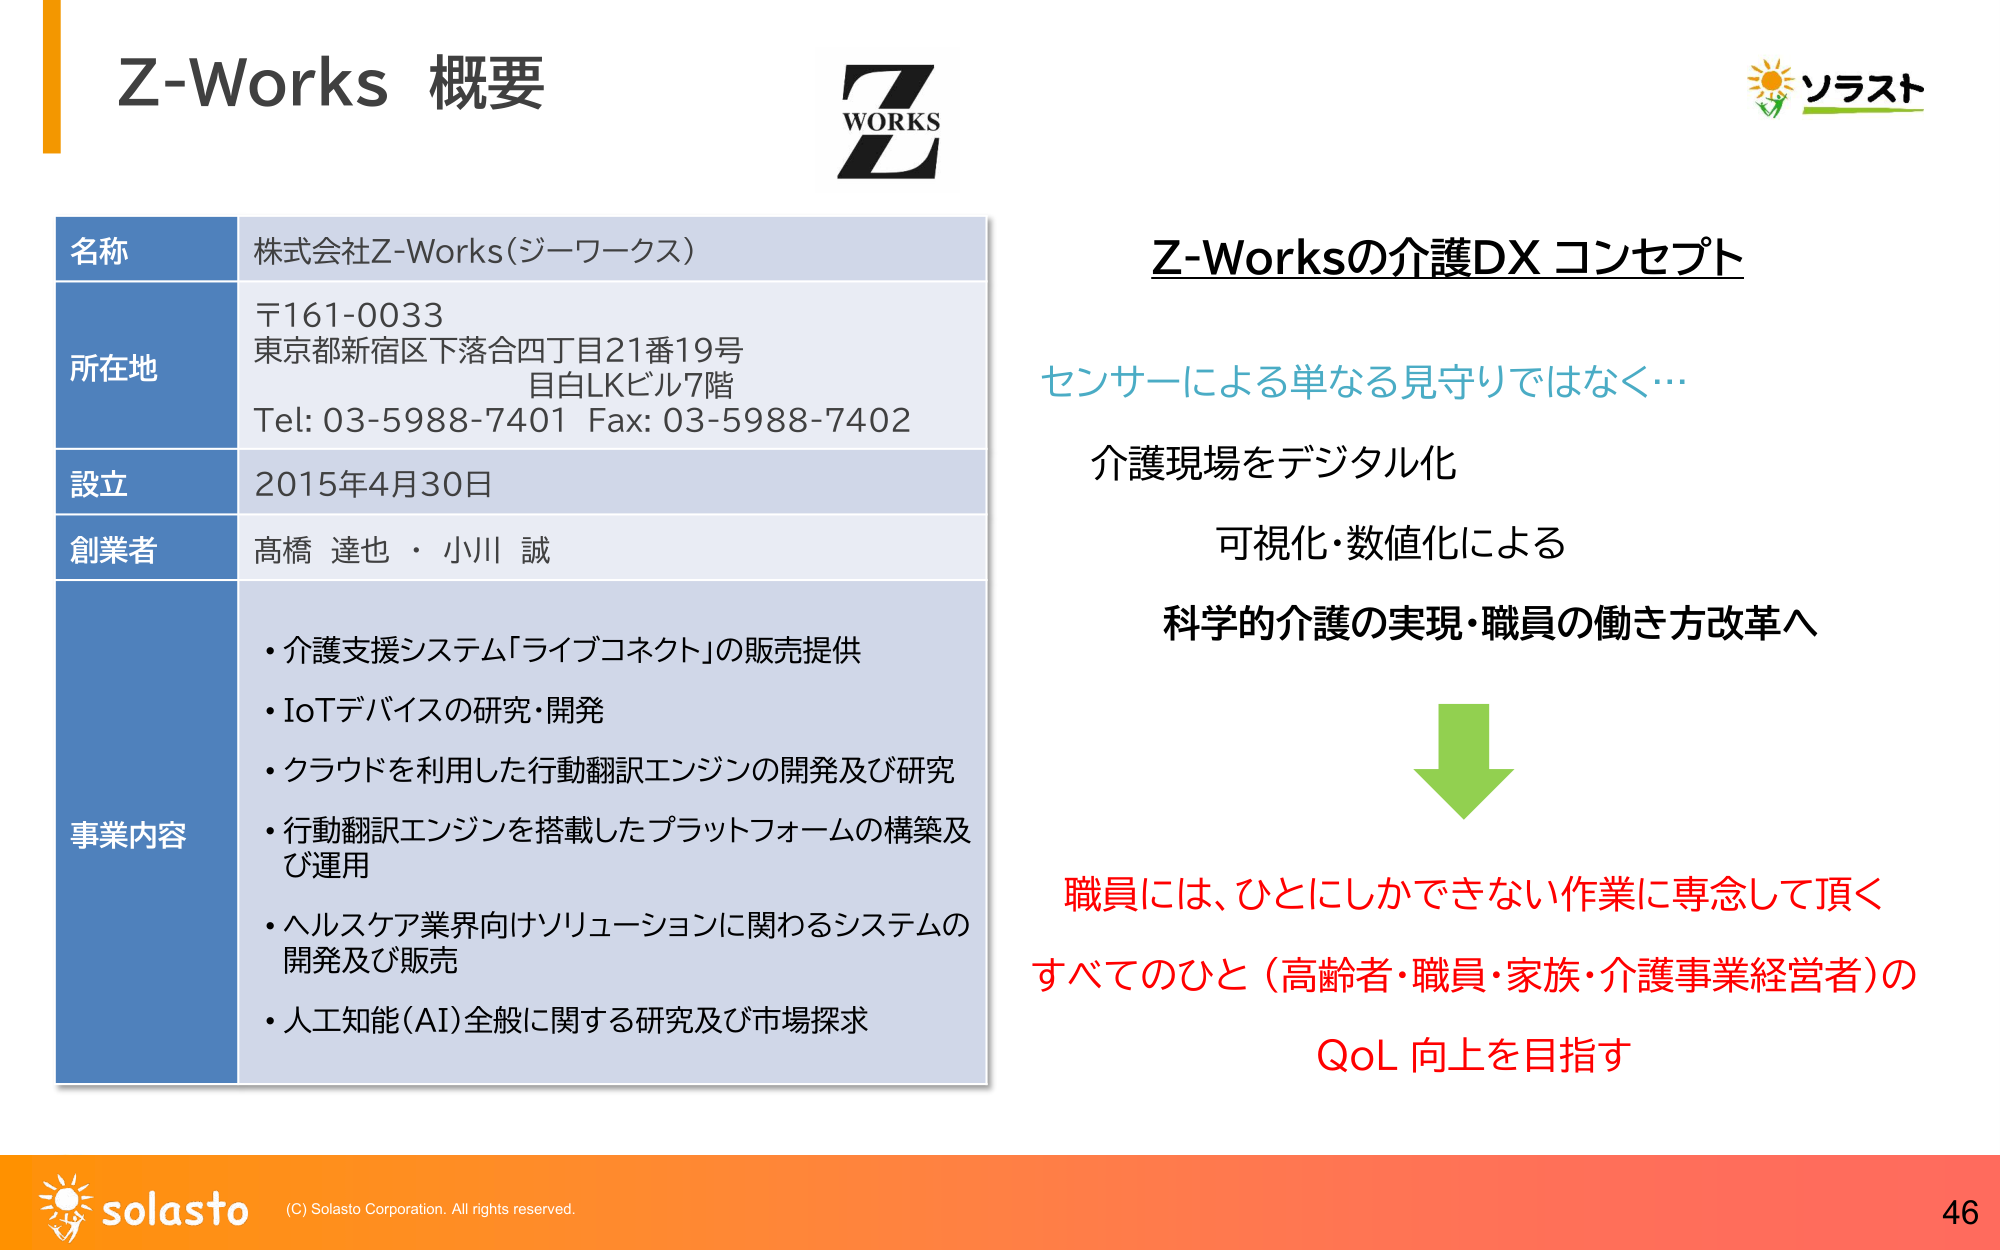
Z-Works 概要

WORKS
Z

名称
株式会社Z-Works（ジーワークス）

所在地
〒161-0033
東京都新宿区下落合四丁目21番19号
目白LKビル7階
Tel: 03-5988-7401 Fax: 03-5988-7402

設立
2015年4月30日

創業者
高橋 達也・小川 誠

事業内容
・介護支援システム「ライブコネクト」の販売提供
・IoTデバイスの研究・開発
・クラウドを利用した行動翻訳エンジンの開発及び研究
・行動翻訳エンジンを搭載したプラットフォームの構築及び運用
・ヘルスケア業界向けソリューションに関わるシステムの開発及び販売
・人工知能（AI）全般に関する研究及び市場探求

Z-Worksの介護DX コンセプト

センサーによる単なる見守りではなく…

介護現場をデジタル化
可視化・数値化による
科学的介護の実現・職員の働き方改革へ

↓

職員には、ひとにしかできない作業に専念して頂く
すべてのひと（高齢者・職員・家族・介護事業経営者）の
QoL 向上を目指す

ソラスト

solasto
(C) Solasto Corporation. All rights reserved.
46